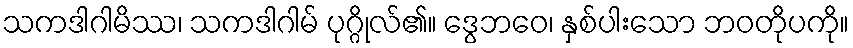
သကဒါဂါမိဿ၊ သကဒါဂါမ် ပုဂ္ဂိုလ်၏။ ဒွေဘဝေ၊ နှစ်ပါးသော ဘဝတိုပကို။